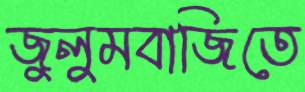
জুলুমবাজিতে